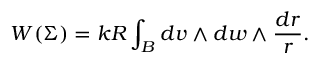
W ( \Sigma ) = k R \int _ { B } d v \wedge d w \wedge \frac { d r } { r } .